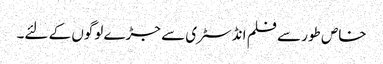
خاص طور سے فلم انڈسٹری سے جڑے لوگوں کے لئے۔